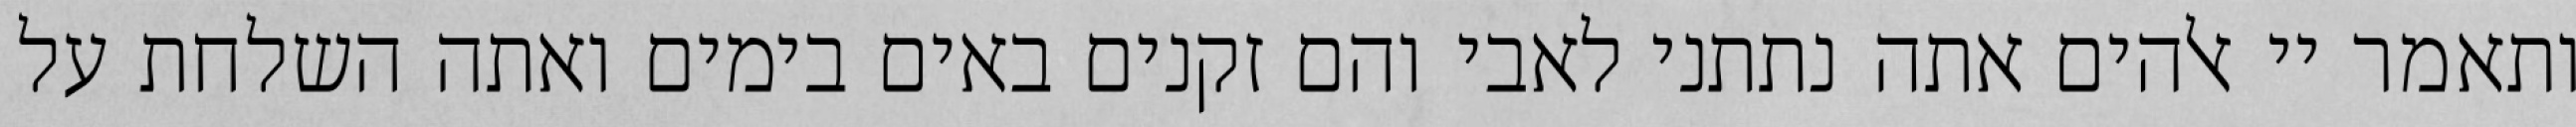
ותאמר יי אלהים אתה נתתני לאבי והם זקנים באים בימים ואתה השלחת על